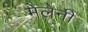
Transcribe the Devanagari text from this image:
मेलेनी